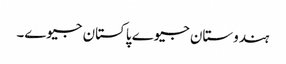
ہندوستان جیوے پاکستان جیوے۔